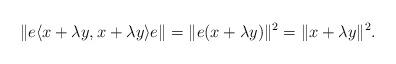
LaTeX: \begin{align*}\| e \langle x + \lambda y, x + \lambda y \rangle e\| = \| e (x + \lambda y)\|^2 = \| x + \lambda y\|^2.\end{align*}